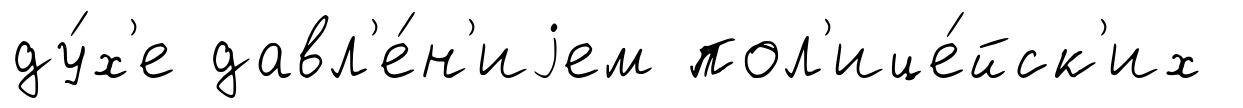
ду́х'е давл'е́н'иjем пол'ице́йск'их